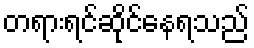
တရားရင်ဆိုင်နေရသည်